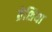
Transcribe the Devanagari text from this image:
ब्रेशिया